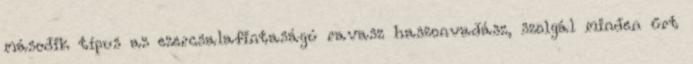
második típus az ezercsalafintaságú ravasz haszonvadász, szolgál minden űrt